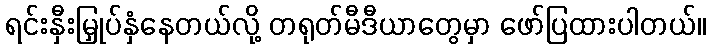
ရင်းနှီးမြှုပ်နှံနေတယ်လို့ တရုတ်မီဒီယာတွေမှာ ဖော်ပြထားပါတယ်။